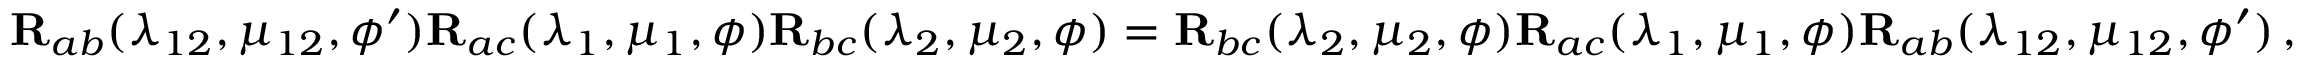
\mathbf { R } _ { a b } ( \lambda _ { 1 2 } , \mu _ { 1 2 } , \phi ^ { \prime } ) \mathbf { R } _ { a c } ( \lambda _ { 1 } , \mu _ { 1 } , \phi ) \mathbf { R } _ { b c } ( \lambda _ { 2 } , \mu _ { 2 } , \phi ) = \mathbf { R } _ { b c } ( \lambda _ { 2 } , \mu _ { 2 } , \phi ) \mathbf { R } _ { a c } ( \lambda _ { 1 } , \mu _ { 1 } , \phi ) \mathbf { R } _ { a b } ( \lambda _ { 1 2 } , \mu _ { 1 2 } , \phi ^ { \prime } ) \, ,